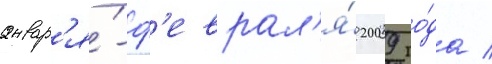
январ'я́-ф'еврал'я́ 2009 го́да /